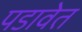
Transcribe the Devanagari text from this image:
पडावेत